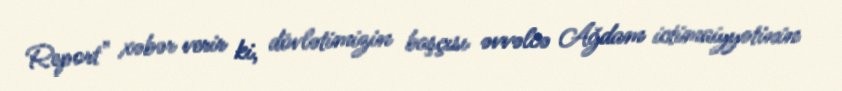
Report" xəbər verir ki, dövlətimizin başçısı əvvəlcə Ağdam ictimaiyyətinin